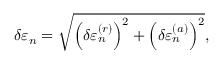
\delta \varepsilon _ { n } = \sqrt { \Big ( \delta \varepsilon _ { n } ^ { ( r ) } \Big ) ^ { 2 } + \Big ( \delta \varepsilon _ { n } ^ { ( a ) } \Big ) ^ { 2 } } ,